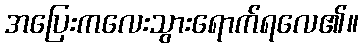
အပြေးကလေးသွားရောက်ရလေ၏။